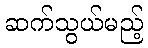
ဆက်သွယ်မည့်